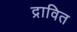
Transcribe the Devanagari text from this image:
द्रावित